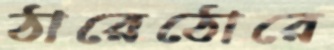
ঠারেঠোরে